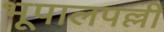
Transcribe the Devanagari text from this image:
भूपालपल्ली